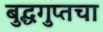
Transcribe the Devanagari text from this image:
बुद्धगुप्तचा